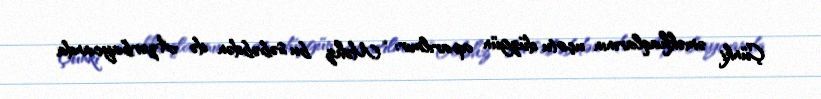
Çünki əməkhaqlarının uçotu düzgün aparılmır: “Məhz bu səbəbdən də Azərbaycanda